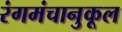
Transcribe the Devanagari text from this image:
रंगमंचानुकूल